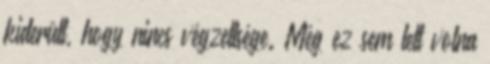
kiderült, hogy nincs végzettsége. Még ez sem lett volna